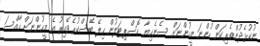
ނުކުޅެދުންތެރިކަން ހުންނަ މީހުންނަށް ސެނެހިޔާ ހޮސްޕިޓަލުން ހިލޭ ބޭސްކުރެވޭއިރު އެ މީހުންނަށް ހާއްސަ